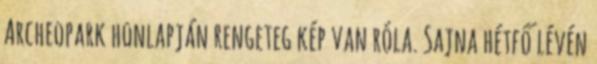
Archeopark honlapján rengeteg kép van róla. Sajna hétfő lévén